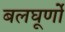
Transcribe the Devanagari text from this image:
बलघूर्णो